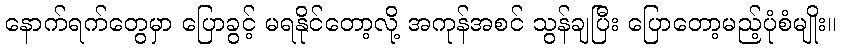
နောက်ရက်တွေမှာ ပြောခွင့် မရနိုင်တော့လို့ အကုန်အစင် သွန်ချပြီး ပြောတော့မည့်ပုံစံမျိုး။